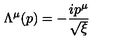
\Lambda ^ { \mu } ( p ) = - { \frac { i p ^ { \mu } } { \sqrt { \xi } } }